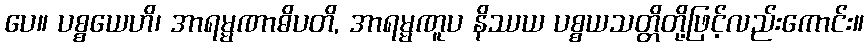
ပေ။ ပစ္စယေဟိ၊ အာရမ္မဏာဓိပတိ, အာရမ္မဏူပ နိဿယ ပစ္စယသတ္တိတို့ဖြင့်လည်းကောင်း။